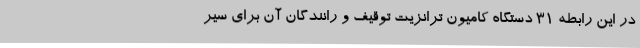
در این رابطه 31 دستگاه کامیون ترانزیت توقیف و رانندگان آن برای سیر